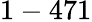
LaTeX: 1-471